Indian journal of veterinary science and animal husbandry - Volume 3,
Year: 1933
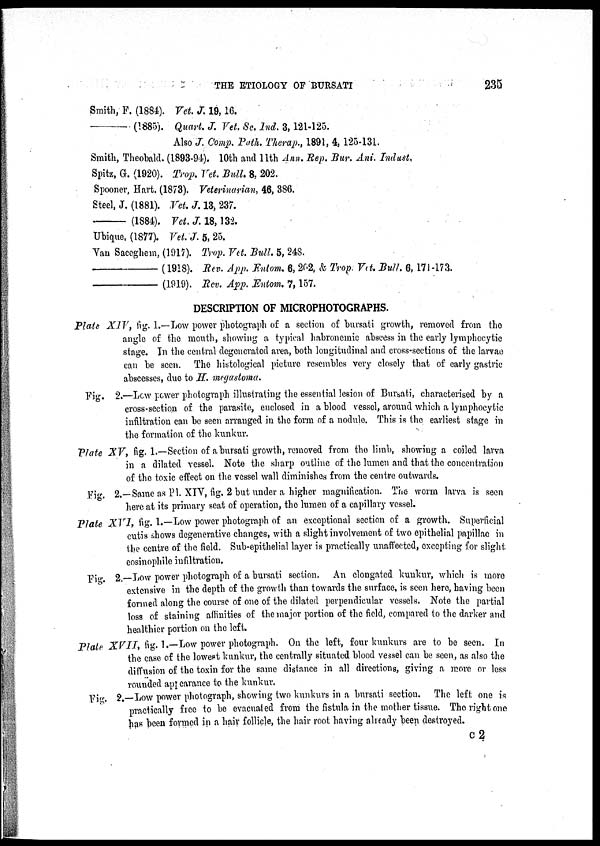
THE ETIOLOGY OF BURSATI
235
Smith, F. (1884). Vet. J. 19,16.
—
(1885). Quart. J. Vet. Sc. Ind. 3,121-125.
Also J. Comp. Path. Therap., 1891, 4, 123-131.
Smith, Theobald. (1893-94). 10th and 11th Ann. Rep. Bur. Ani. Indust.
Spitz, G. (1920). Trap. Vet. Bull. 8, 202.
Spooner, Hart. (1873). Veterinarian, 46, 386.
Steel, J. (1881). Vet. J. 13, 237.
—
(1884). Vet. J. 18,132.
Ubique, (1877). Vet. J. 5, 25.
Van Saceghem, (1917). Trop. Vet. Bull. 5, 248.
—
(1918). Rev. App. Entom. 6, 202, & Trop. Vet. Bull. 6, 171-173.
—
(1919). Rev. App. Entom. 7,157.
DESCRIPTION OF MICROPHOTOGRAPHS.
Plate XIV, fig. 1.—Low power photograph of a section of bursati growth, removed from the
angle of the mouth, showing a typical habronemic abscess in the early lymphocytic
stage. In the central degenerated area, both longitudinal and cross-sections of the larvao
can be seen. The histological picture resembles very closely that of early gastric
abscesses, due to H. megastoma.
Fig, 2.—Low power photograph illustrating the essential lesion of Bursati, characterised by a
cross-section of the parasite, enclosed in a blood vessel, around which a lymphocytic
infiltration can be seen arranged in the form of a nodule. This is the earliest stage in
the formation of the kunkur.
Plate XV, fig. 1.—Section of a bursati growth, removed from the limb, showing a coiled larva
in a dilated vessel. Note the sharp outline of the lumen and that the concentration
of the toxic effect on the vessel wall diminishes from the centre outwards.
Fig. 2.—Same as PI. XIV, fig. 2 but under a higher magnification. The worm larva is seen
here at its primary seat of operation, the lumen of a capillary vessel.
Plate XVI, fig. 1.—Low power photograph of an exceptional section of a growth. Superficial
cutis shows degenerative changes, with a slight involvement of two epithelial papillae in
the centre of the field. Sub-epithelial layer is practically unaffected, excepting for slight
eosinophile infiltration.
Fig. 2.—Low power photograph of a bursati section. An elongated kunkur, which is more
extensive in the depth of the growth than towards the surface, is seen here, having been
formed along the course of one of the dilated perpendicular vessels. Note the partial
loss of staining affinities of the major portion of the field, compared to the darker and
healthier portion on the left.
Plate XVII, fig. 1.—Low power photograph. On the left, four kunkurs are to be seen. In
the case of the lowest kunkur, the centrally situated blood vessel can be seen, as also the
diffusion of the toxin for the same distance in all directions, giving a more or less
rounded appearance to the kunkur.
Fig 2.—Low power photograph, showing two kunkurs in a bursati section. The left one is
practically free to be evacuated from the fistula in the mother tissue. The right one
has been formed in a hair follicle, the hair root having already been destroyed.
c 2